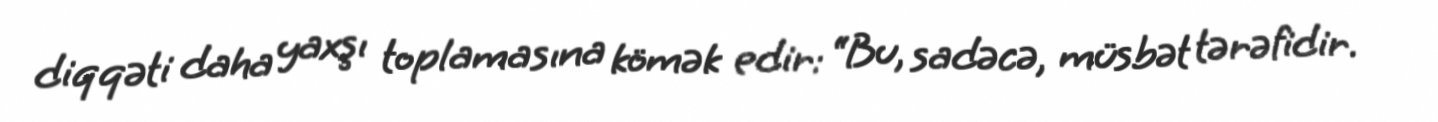
diqqəti daha yaxşı toplamasına kömək edir: “Bu, sadəcə, müsbət tərəfidir.